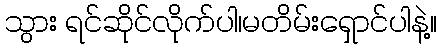
သွား ရင်ဆိုင်လိုက်ပါ၊မတိမ်းရှောင်ပါနဲ့။